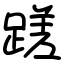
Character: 蹉